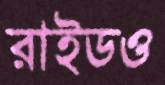
রাইডও